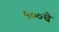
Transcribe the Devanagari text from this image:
५००चे